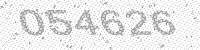
Solution: 054626